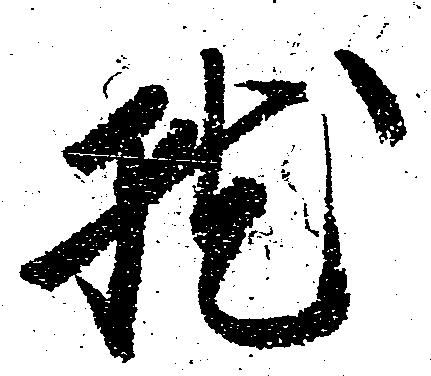
就